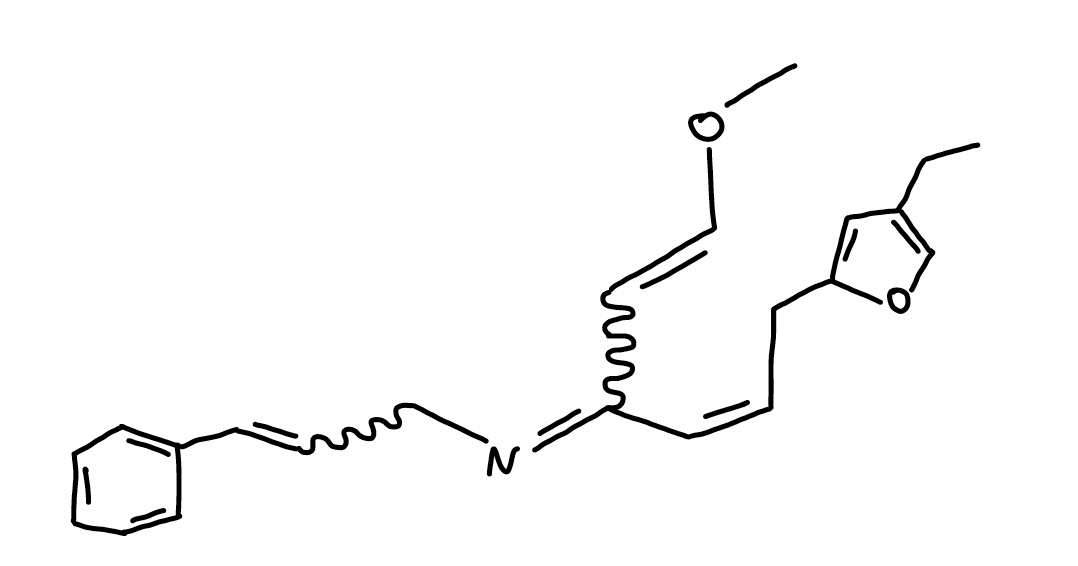
Simplified molecular-input line-entry system (SMILES) notation of the given molecule:
CCC1=COC(=C1)C/C=C\C(=NCC=CC2=CC=CC=C2)C=COC